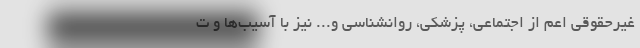
غیرحقوقی اعم از اجتماعی، پزشکی، روانشناسی و... نیز با آسیب‌ها و ت